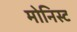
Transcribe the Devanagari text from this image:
मोनिस्ट